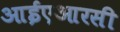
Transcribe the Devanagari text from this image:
आईएआरसी